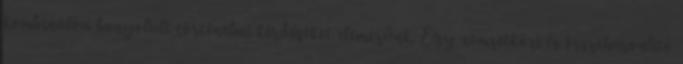
kombinálva bonyolult történelmi kérdéseket elemezünk. Egy nemzetközi és összehasonlító